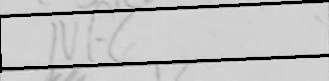
Transcription: Nf6